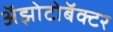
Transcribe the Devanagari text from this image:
अॅझोटोबॅक्टर